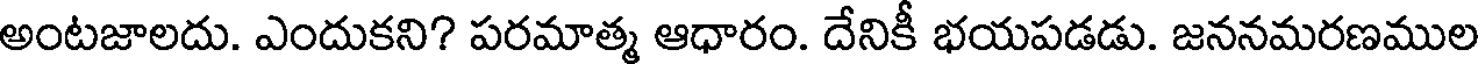
అంటజాలదు. ఎందుకని? పరమాత్మ ఆధారం. దేనికీ భయపడడు. జననమరణముల